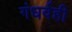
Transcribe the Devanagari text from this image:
गंधर्वही